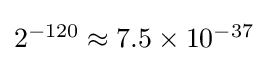
{\textstyle 2^{-120}\approx 7.5\times 10^{-37}}